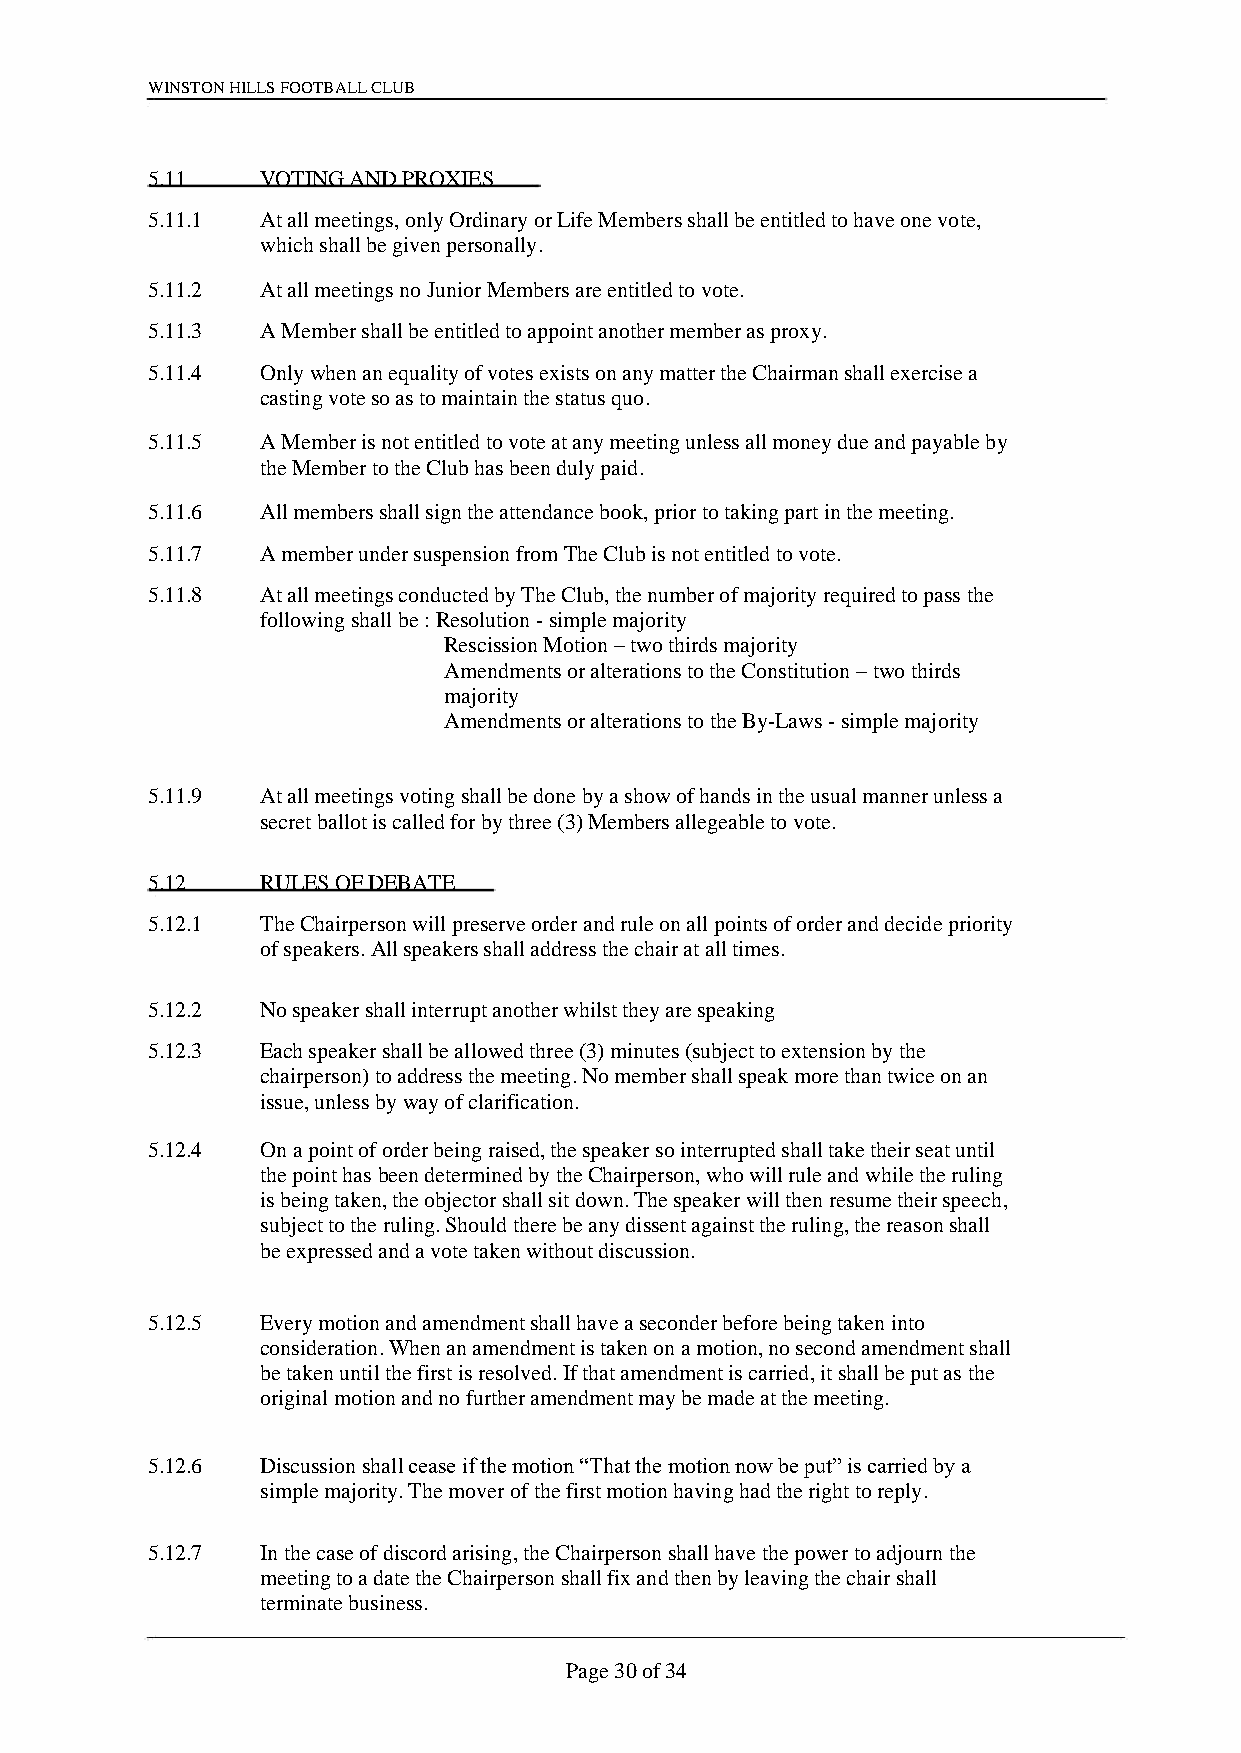
WINSTON HILLS FOOTBALL CLUB
 5.11   VOTING AND PROXIES
 5.11.1 At all meetings, only Ordinary or Life Members shall be entitled to have one vote,
 which shall be given personally.
 5.11.2 At all meetings no Junior Members are entitled to vote.
 5.11.3 A Member shall be entitled to appoint another member as proxy.
 5.11.4 Only when an equality of votes exists on any matter the Chairman shall exercise a
 casting vote so as to maintain the status quo.
 5.11.5 A Member is not entitled to vote at any meeting unless all money due and payable by
 the Member to the Club has been duly paid.
 5.11.6 All members shall sign the attendance book, prior to taking part in the meeting.
 5.11.7 A member under suspension from The Club is not entitled to vote.
 5.11.8 At all meetings conducted by The Club, the number of majority required to pass the
 following shall be : Resolution - simple majority
 Rescission Motion – two thirds majority
 Amendments or alterations to the Constitution – two thirds
 majority
 Amendments or alterations to the By-Laws - simple majority
 5.11.9 At all meetings voting shall be done by a show of hands in the usual manner unless a
 secret ballot is called for by three (3) Members allegeable to vote.
 5.12   RULES OF DEBATE
 5.12.1 The Chairperson will preserve order and rule on all points of order and decide priority
 of speakers. All speakers shall address the chair at all times.
 5.12.2 No speaker shall interrupt another whilst they are speaking
 5.12.3 Each speaker shall be allowed three (3) minutes (subject to extension by the
 chairperson) to address the meeting. No member shall speak more than twice on an
 issue, unless by way of clarification.
 5.12.4 On a point of order being raised, the speaker so interrupted shall take their seat until
 the point has been determined by the Chairperson, who will rule and while the ruling
 is being taken, the objector shall sit down. The speaker will then resume their speech,
 subject to the ruling. Should there be any dissent against the ruling, the reason shall
 be expressed and a vote taken without discussion.
 5.12.5 Every motion and amendment shall have a seconder before being taken into
 consideration. When an amendment is taken on a motion, no second amendment shall
 be taken until the first is resolved. If that amendment is carried, it shall be put as the
 original motion and no further amendment may be made at the meeting.
 5.12.6 Discussion shall cease if the motion “That the motion now be put” is carried by a
 simple majority. The mover of the first motion having had the right to reply.
 5.12.7 In the case of discord arising, the Chairperson shall have the power to adjourn the
 meeting to a date the Chairperson shall fix and then by leaving the chair shall
 terminate business.
 Page 30 of 34